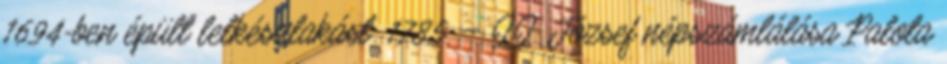
1694-ben épült lelkészlakást. 1785. – II. József népszámlálása Palota